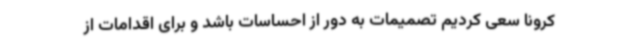
کرونا سعی کردیم تصمیمات به دور از احساسات باشد و برای اقدامات از